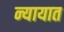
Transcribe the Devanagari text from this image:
न्यायात